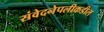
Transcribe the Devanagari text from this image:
संवेदनेपलीकडील